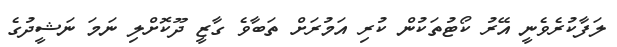
ލަފާކުރެވެނީ އޭރު ކޯޓުތަކުން ކުރި އަމުރަށް ތަބާވެ ގާޒީ ދޫކޮށްލި ނަމަ ނަޝީދުގެ